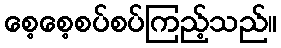
စေ့စေ့စပ်စပ်ကြည့်သည်။